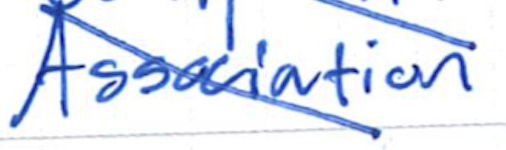
Text: Association
Cross-out: diagonal
Writing tool: ballpoint